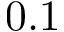
0 . 1